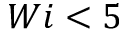
W i < 5